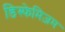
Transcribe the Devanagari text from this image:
डिस्फेमिज़म